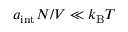
a _ { \mathrm { i n t } } N / V \ll k _ { \mathrm { B } } T